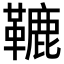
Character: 𩌫